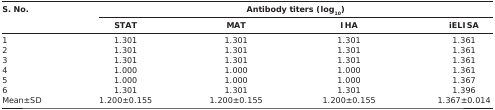
<table><thead><tr><td rowspan="3"><b>S. No.</b></td><td colspan="4"><b>Antibody titers (log<sub>10</sub>)</b></td></tr><tr><td><b>STAT</b></td><td><b>MAT</b></td><td><b>IHA</b></td><td><b>iELISA</b></td></tr></thead><tbody><tr><td>1</td><td>1.301</td><td>1.301</td><td>1.301</td><td>1.361</td></tr><tr><td>2</td><td>1.301</td><td>1.301</td><td>1.301</td><td>1.361</td></tr><tr><td>3</td><td>1.301</td><td>1.301</td><td>1.301</td><td>1.361</td></tr><tr><td>4</td><td>1.000</td><td>1.000</td><td>1.000</td><td>1.361</td></tr><tr><td>5</td><td>1.000</td><td>1.000</td><td>1.000</td><td>1.367</td></tr><tr><td>6</td><td>1.301</td><td>1.301</td><td>1.301</td><td>1.396</td></tr><tr><td>Mean±SD</td><td>1.200±0.155</td><td>1.200±0.155</td><td>1.200±0.155</td><td>1.367±0.014</td></tr></tbody></table>